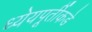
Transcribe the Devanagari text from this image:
ध्येयपूर्तीकडे